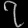
Digit: ၇